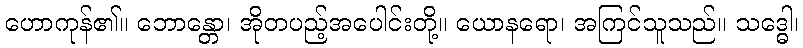
ဟောကုန်၏။ ဘောန္တော၊ အိုတပည့်အပေါင်းတို့။ ယောနရော၊ အကြင်သူသည်။ သဒ္ဓေါ၊